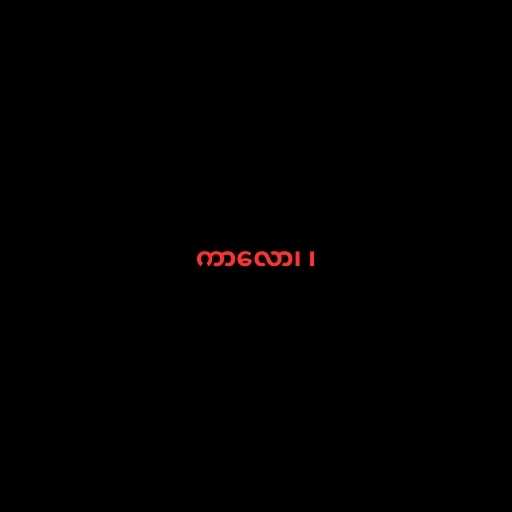
ကာလော၊ ၊